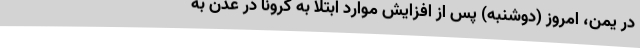
در یمن، امروز (دوشنبه) پس از افزایش موارد ابتلا به کرونا در عدن به